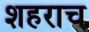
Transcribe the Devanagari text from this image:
शहराच